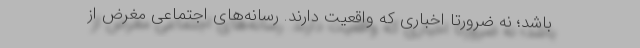
باشد؛ نه ضرورتاً اخباری که واقعیت دارند. رسانه‌های اجتماعی مغرض از